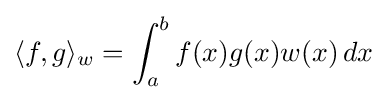
\langle f,g\rangle _{w}=\int _{a}^{b}f(x)g(x)w(x)\,dx